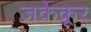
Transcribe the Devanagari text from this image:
जकेकूर